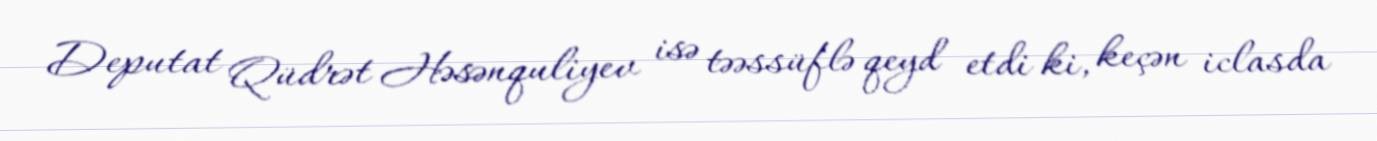
Deputat Qüdrət Həsənquliyev isə təəssüflə qeyd etdi ki, keçən iclasda